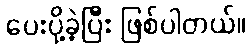
ပေးပို့ခဲ့ပြီး ဖြစ်ပါတယ်။